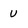
Character: U